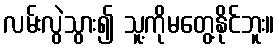
လမ်းလွဲသွား၍ သူ့ကိုမတွေ့နိုင်ဘူး။